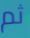
ثم